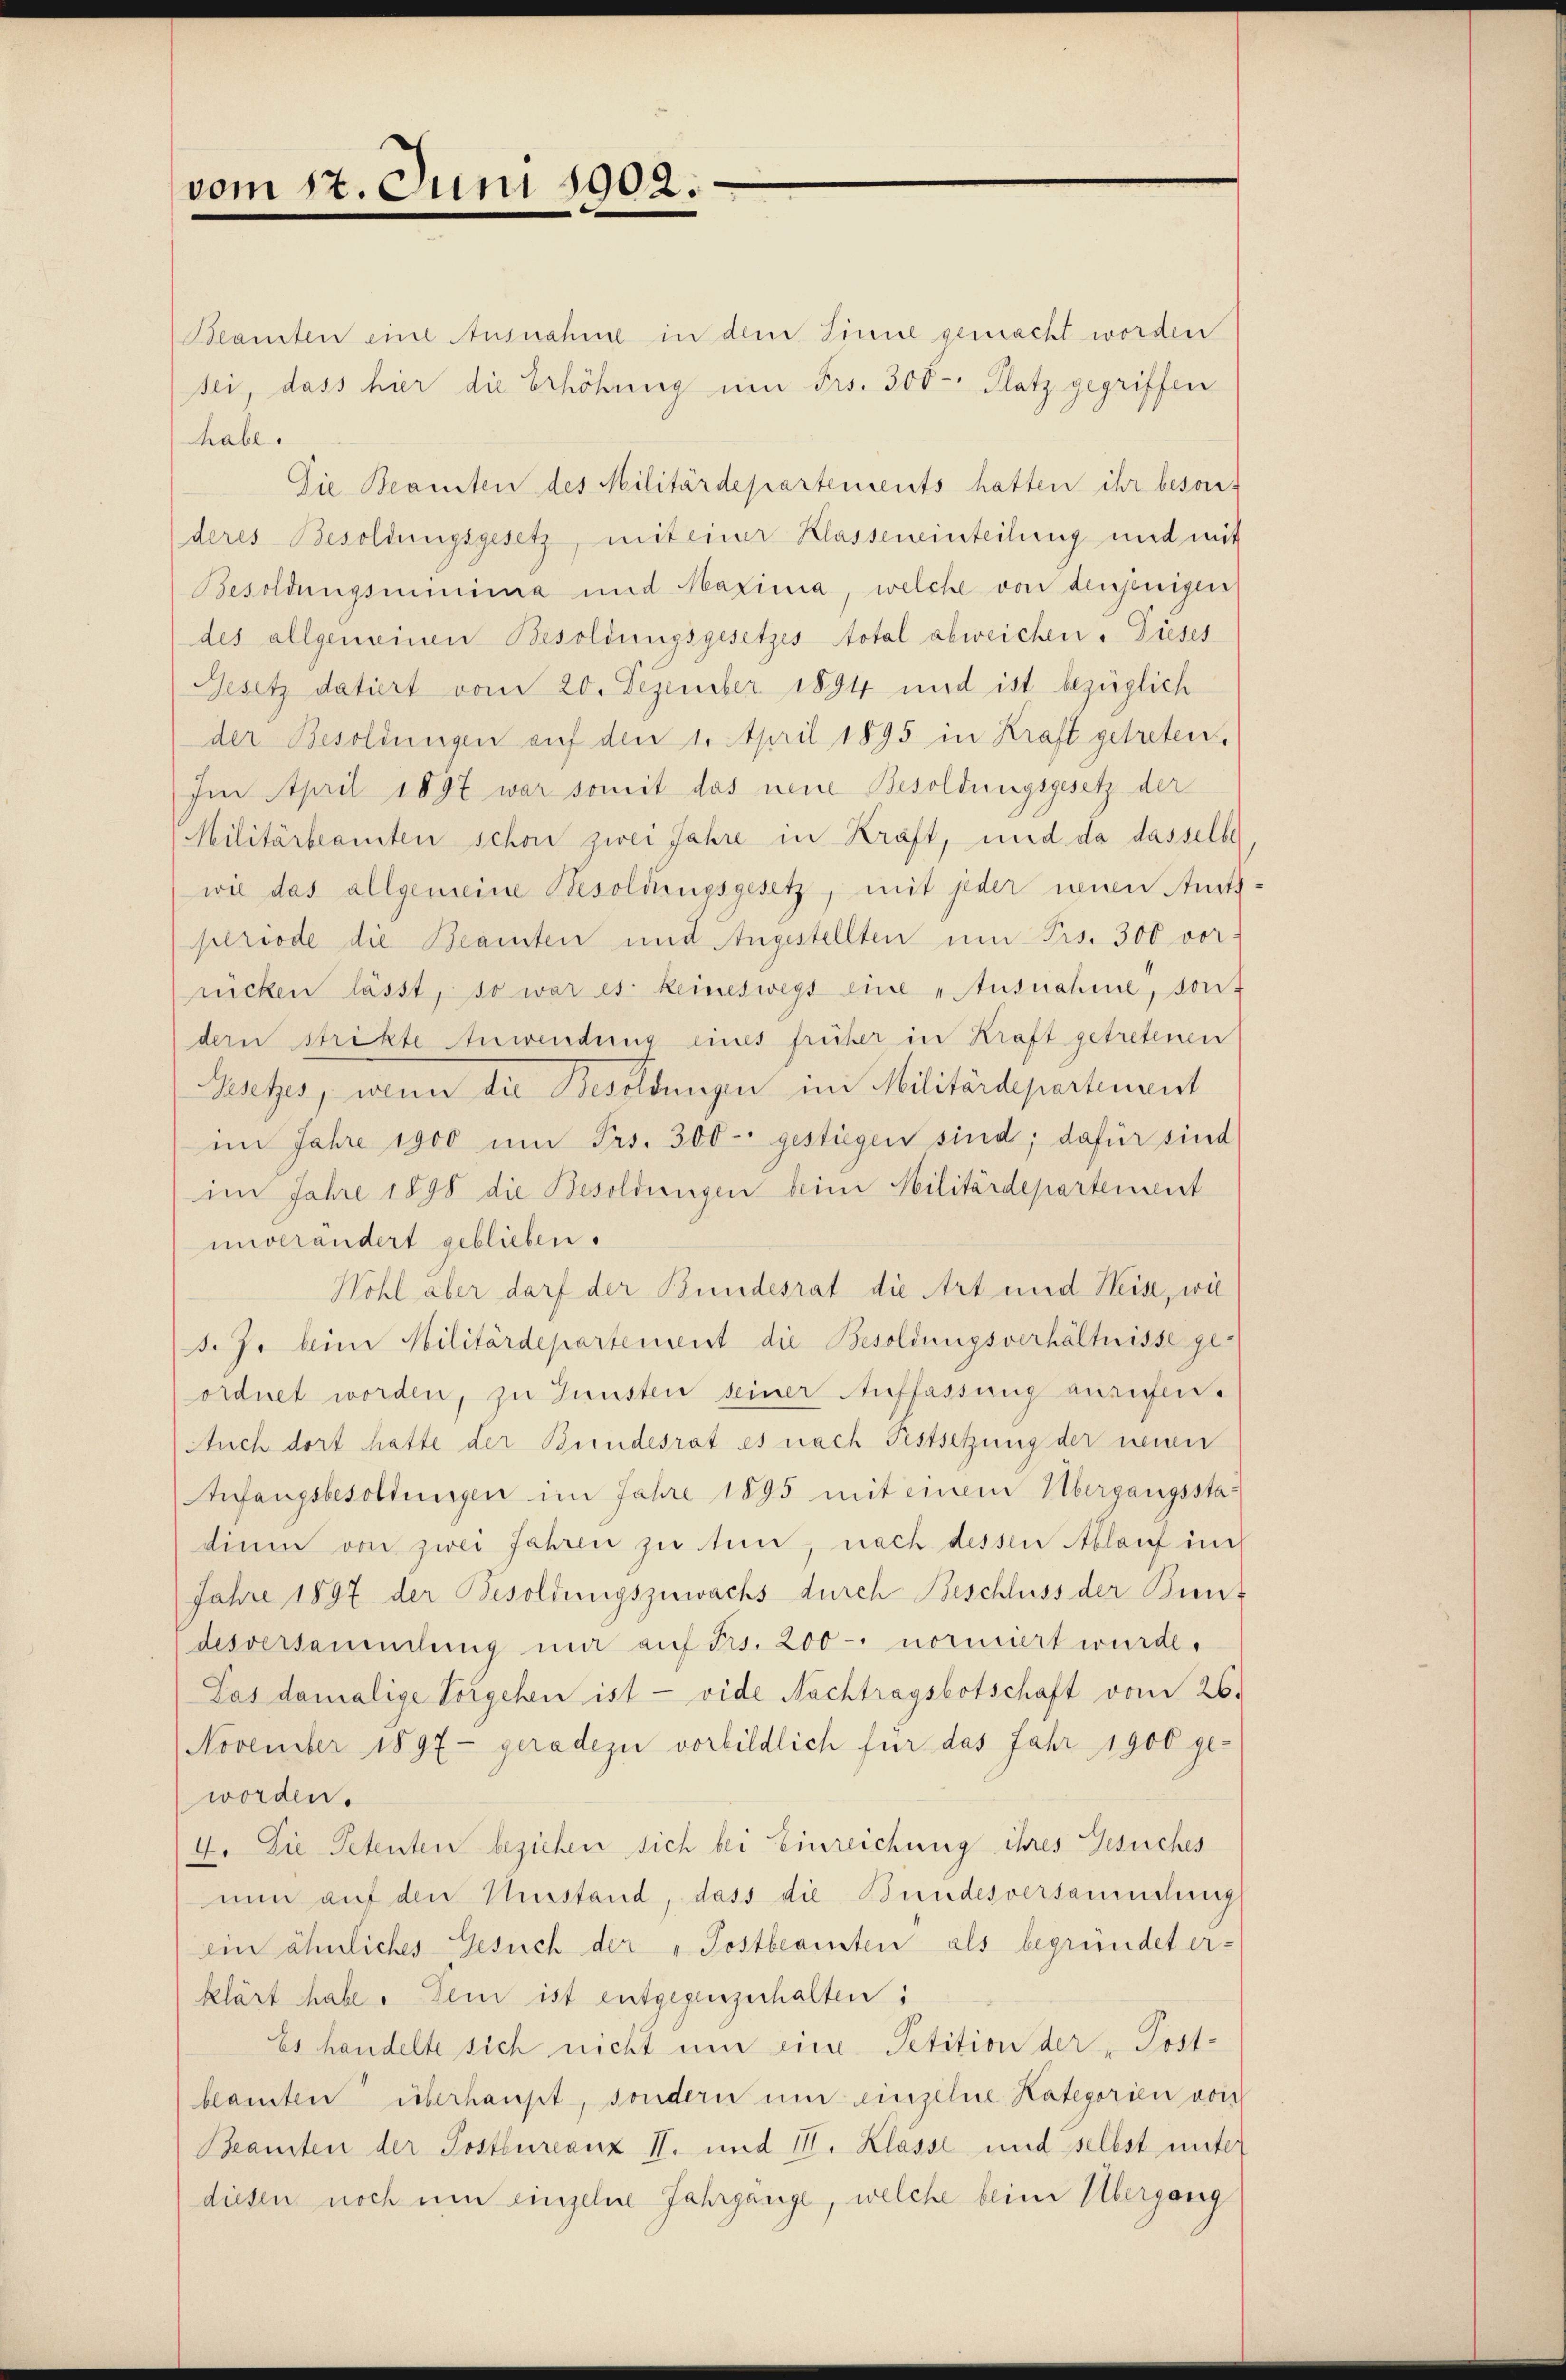
vom 17. Juni 1902.

Beamten eine Ausnahme in dem Sinne gemacht worden
sei, dass hier die Erhöhung um Frs. 300. Platz gegriffen
habe.
Die Beamten des Militärdepartements hatten ihr beson-
deres Besoldungsgesetz, mit einer Klasseneinteilung und mit
Besoldungsminima und Maxima, welche von denjenigen
des allgemeinen Besoldungsgesetzes total abweichen. Dieses
Gesetz datiert vom 20. Dezember 1894 und ist bezüglich
der Besoldungen auf den 1. April 1895 in Kraft getreten.
Im April 1897 war somit das neue Besoldungsgesetz der
Militärbeamten schon zwei Jahre in Kräft, und da dasselbe
wie das allgemeine Besoldungsgesetz, mit jeder neuen Amts-
periode die Beamten und Angestellten um Frs. 300 vor-
rücken lässt, so war es keineswegs eine „Ausnahme, sont
dern strikte Anwendung eines früher in Kraft getretenen
Ratzes, wenn die Besoldungen in Militärdepartenant
im Jahre 1900 ŭm Frs. 300 - gestiegen sind; dafür sind
im Jahre 1898 die Besoldungen beim Militärdepartement
unverändert geblieben.
Wohl aber darf der Bundesrat die Art und Heise, wie
d. J. beim Militärdepartement die Besoldungsverhältnisse geordnet worden, zu Gunsten seiner Auffassung anrufen¬
Auch dort hatte der Bundesrat es nach Festsetzung der neuen
Anfangsbesoldungen im Jahre 1895 mit einem Übergangsstadium von zwei Jahren zu tun, nach dessen Ablauf in
Jahre 1897 der Besoldungszuwachs durch Beschluss der Bundesversammlung mir auf Frs. 200 - normiert wurde.
Pas damalige Vorgehen ist - vide Nachtragsbotschaft vom 26.
November 1897 - geradezu vorbildlich für das Jahr 1900 geworden.
4. Die Petenten beziehen sich bei Einreichung ihres Gesuches
nun auf den Umstand, dass die Bundesversammlung
ein ähnliches Gesuch der „Postbeamten als begründet er-
klärt habe. Dein ist entgegenzuhalten:
Es handelte sich nicht um eine Petition der „Post-
beamten überhaupt, sondern um einzelne Kategorien von
Beamten der Postbureauz II. und III. Klasse und selbst unter
diesen noch um einzelne Jahrgänge, welche beim Übergang